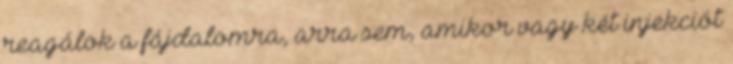
reagálok a fájdalomra, arra sem, amikor vagy két injekciót